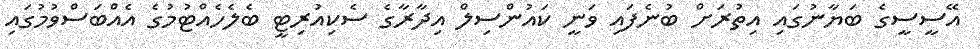
އޭސީސީގެ ބަޔާނުގައި އިތުރަށް ބުނެފައި ވަނީ ކައުންސިލް އިދާރާގެ ސެކިއުރިޓީ ބެލެހެއްޓުމުގެ އެއްބަސްވުމުގައި